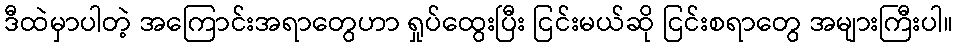
ဒီထဲမှာပါတဲ့ အကြောင်းအရာတွေဟာ ရှုပ်ထွေးပြီး ငြင်းမယ်ဆို ငြင်းစရာတွေ အများကြီးပါ။